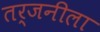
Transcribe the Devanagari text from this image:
तर्जनीला